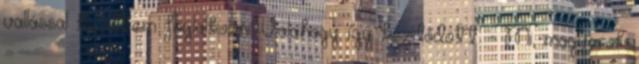
vallással kezdtem foglalkozni. Valahogy így kezdődött. - Mi, magyarok